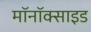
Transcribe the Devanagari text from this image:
मॉनॉक्साइड